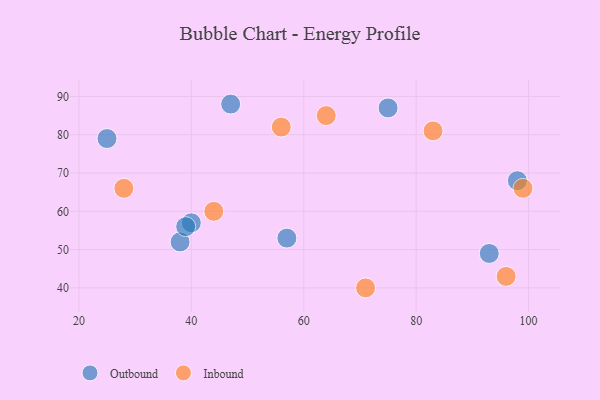
{"axis": {"x": "GDP", "y": "Life Expectancy"}, "legend": ["Inbound", "Outbound"], "data": [{"x": "25", "y": 79, "type": "Outbound"}, {"x": "75", "y": 87, "type": "Outbound"}, {"x": "47", "y": 88, "type": "Outbound"}, {"x": "98", "y": 68, "type": "Outbound"}, {"x": "40", "y": 57, "type": "Outbound"}, {"x": "57", "y": 53, "type": "Outbound"}, {"x": "93", "y": 49, "type": "Outbound"}, {"x": "38", "y": 52, "type": "Outbound"}, {"x": "39", "y": 56, "type": "Outbound"}, {"x": "96", "y": 43, "type": "Inbound"}, {"x": "99", "y": 66, "type": "Inbound"}, {"x": "71", "y": 40, "type": "Inbound"}, {"x": "64", "y": 85, "type": "Inbound"}, {"x": "56", "y": 82, "type": "Inbound"}, {"x": "83", "y": 81, "type": "Inbound"}, {"x": "44", "y": 60, "type": "Inbound"}, {"x": "28", "y": 66, "type": "Inbound"}]}